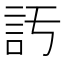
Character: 𧥦